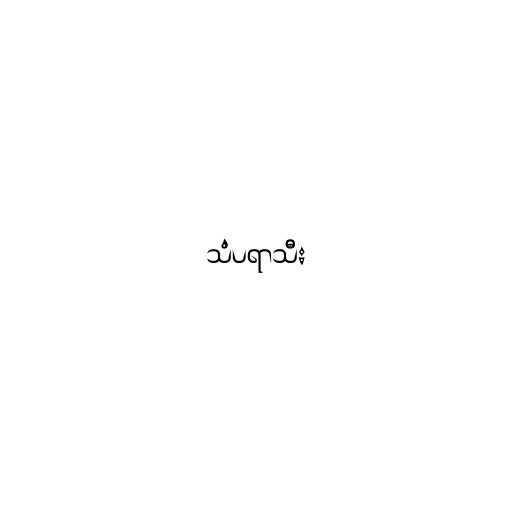
သံပရာသီး